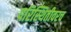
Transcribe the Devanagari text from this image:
परिस्थितीवरच